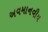
અવમાનવીય